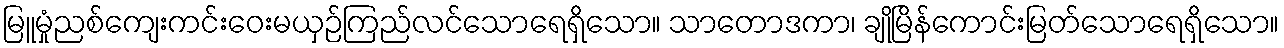
မြူမှုံညစ်ကျေးကင်းဝေးမယှဉ်ကြည်လင်သောရေရှိသော။ သာတောဒကာ၊ ချိုမြိန်ကောင်းမြတ်သောရေရှိသော။